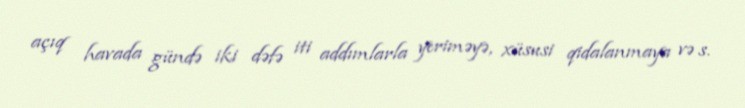
açıq havada gündə iki dəfə iti addımlarla yeriməyə, xüsusi qidalanmaya və s.